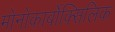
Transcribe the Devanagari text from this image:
मोनोकार्बोक्सिलिक